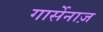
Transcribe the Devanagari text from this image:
गार्सेनाज़